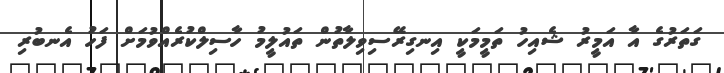
ގަތަރުގެ އާ އަމީރު ޝެއިހު ތަމީމަކީ އިނގިރޭސިވިލާތުން ތައުލީމު ހާސިލްކުރެއްވުމަށް ފަހު އެނބުރި